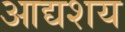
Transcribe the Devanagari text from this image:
आद्यशय